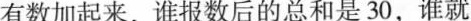
有数加起来，谁报数后的总和是30，谁就